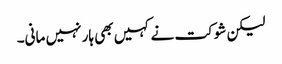
لیکن شوکت نے کہیں بھی ہار نہیں مانی۔